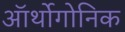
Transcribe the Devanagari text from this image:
ऑर्थोगोनिक